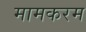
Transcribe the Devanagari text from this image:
मामकरम